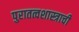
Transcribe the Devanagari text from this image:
पुरातत्वशास्त्राची